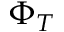
\Phi _ { T }